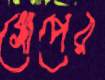
গোপের